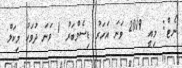
ނޯޓް: މިއީ 2019 ވަނަ އަހަރު ޑިސެމްބަރު 1 ވަނަ ދުވަހު މިކަލް